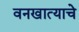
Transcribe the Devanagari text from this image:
वनखात्याचे